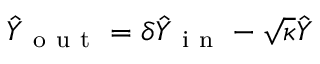
\hat { Y } _ { \mathrm { ~ o ~ u ~ t ~ } } = \delta \hat { Y } _ { \mathrm { ~ i ~ n ~ } } - \sqrt { \kappa } \hat { Y }